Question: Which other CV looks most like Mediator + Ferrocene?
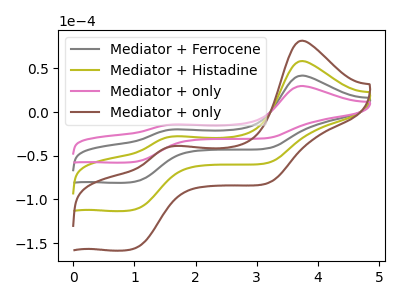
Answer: <think>The gray curve "Mediator + Ferrocene" has anodic peaks at (3.75V, 41.80uA) (1.65V, -19.95uA) and cathodic peaks at (1.00V, -79.75uA) (3.15V, -41.75uA). The olive curve "Mediator + Histadine" has anodic peaks at (3.75V, 83.55uA) (1.65V, -39.85uA) and cathodic peaks at (1.00V, -159.50uA) (3.15V, -83.45uA). The pink curve "Mediator + only" has anodic peaks at (3.75V, 29.85uA) (1.65V, -14.25uA) and cathodic peaks at (1.00V, -57.00uA) (3.15V, -29.85uA). The brown curve "Mediator + only" has anodic peaks at (3.75V, 125.35uA) (1.65V, -59.80uA) and cathodic peaks at (1.00V, -239.25uA) (3.15V, -125.20uA).
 All the peaks in "Mediator + Ferrocene" have a peak in "Mediator + Histadine" at the same potential. All the peaks in "Mediator + Ferrocene" have a peak in "Mediator + only" at the same potential. All the peaks in "Mediator + Ferrocene" have a peak in "Mediator + only" at the same potential. All the peaks in "Mediator + Histadine" have a peak in "Mediator + only" at the same potential. All the peaks in "Mediator + Histadine" have a peak in "Mediator + only" at the same potential. All the peaks in "Mediator + only" have a peak in "Mediator + only" at the same potential.</think>
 <answer>"Mediator + Ferrocene", "Mediator + Histadine" and "Mediator + only" have a similar shape to "Mediator + only".</answer>
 <eval>"Mediator + Ferrocene" "Mediator + Histadine" "Mediator + only"</eval>